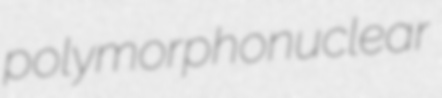
polymorphonuclear